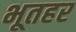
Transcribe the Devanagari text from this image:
भूतहर